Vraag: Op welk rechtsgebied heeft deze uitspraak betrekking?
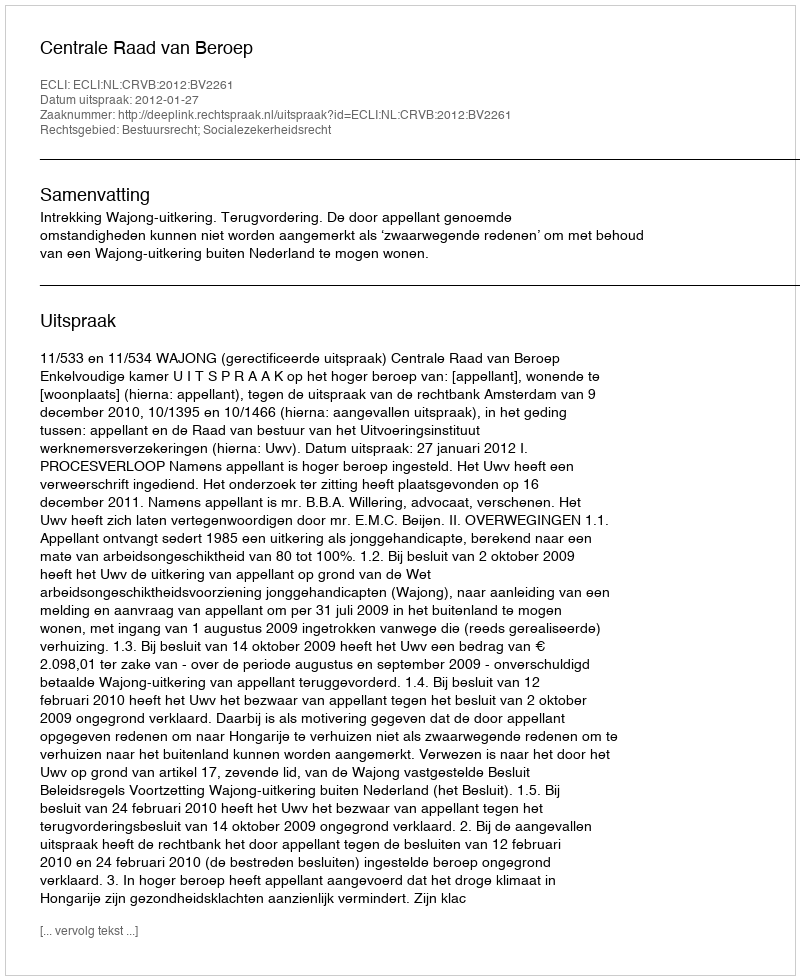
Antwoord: Bestuursrecht; Socialezekerheidsrecht